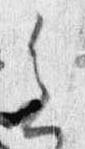
会